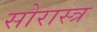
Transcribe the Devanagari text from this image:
सोरास्त्र